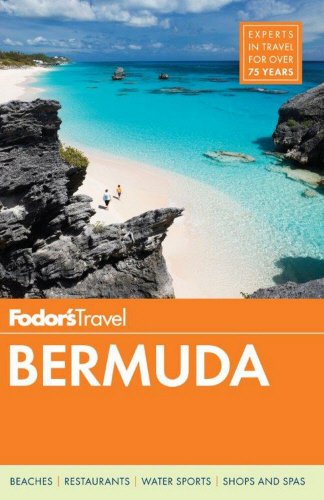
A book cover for Fodor's Bermuda (Travel Guide); Fodor's; Travel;